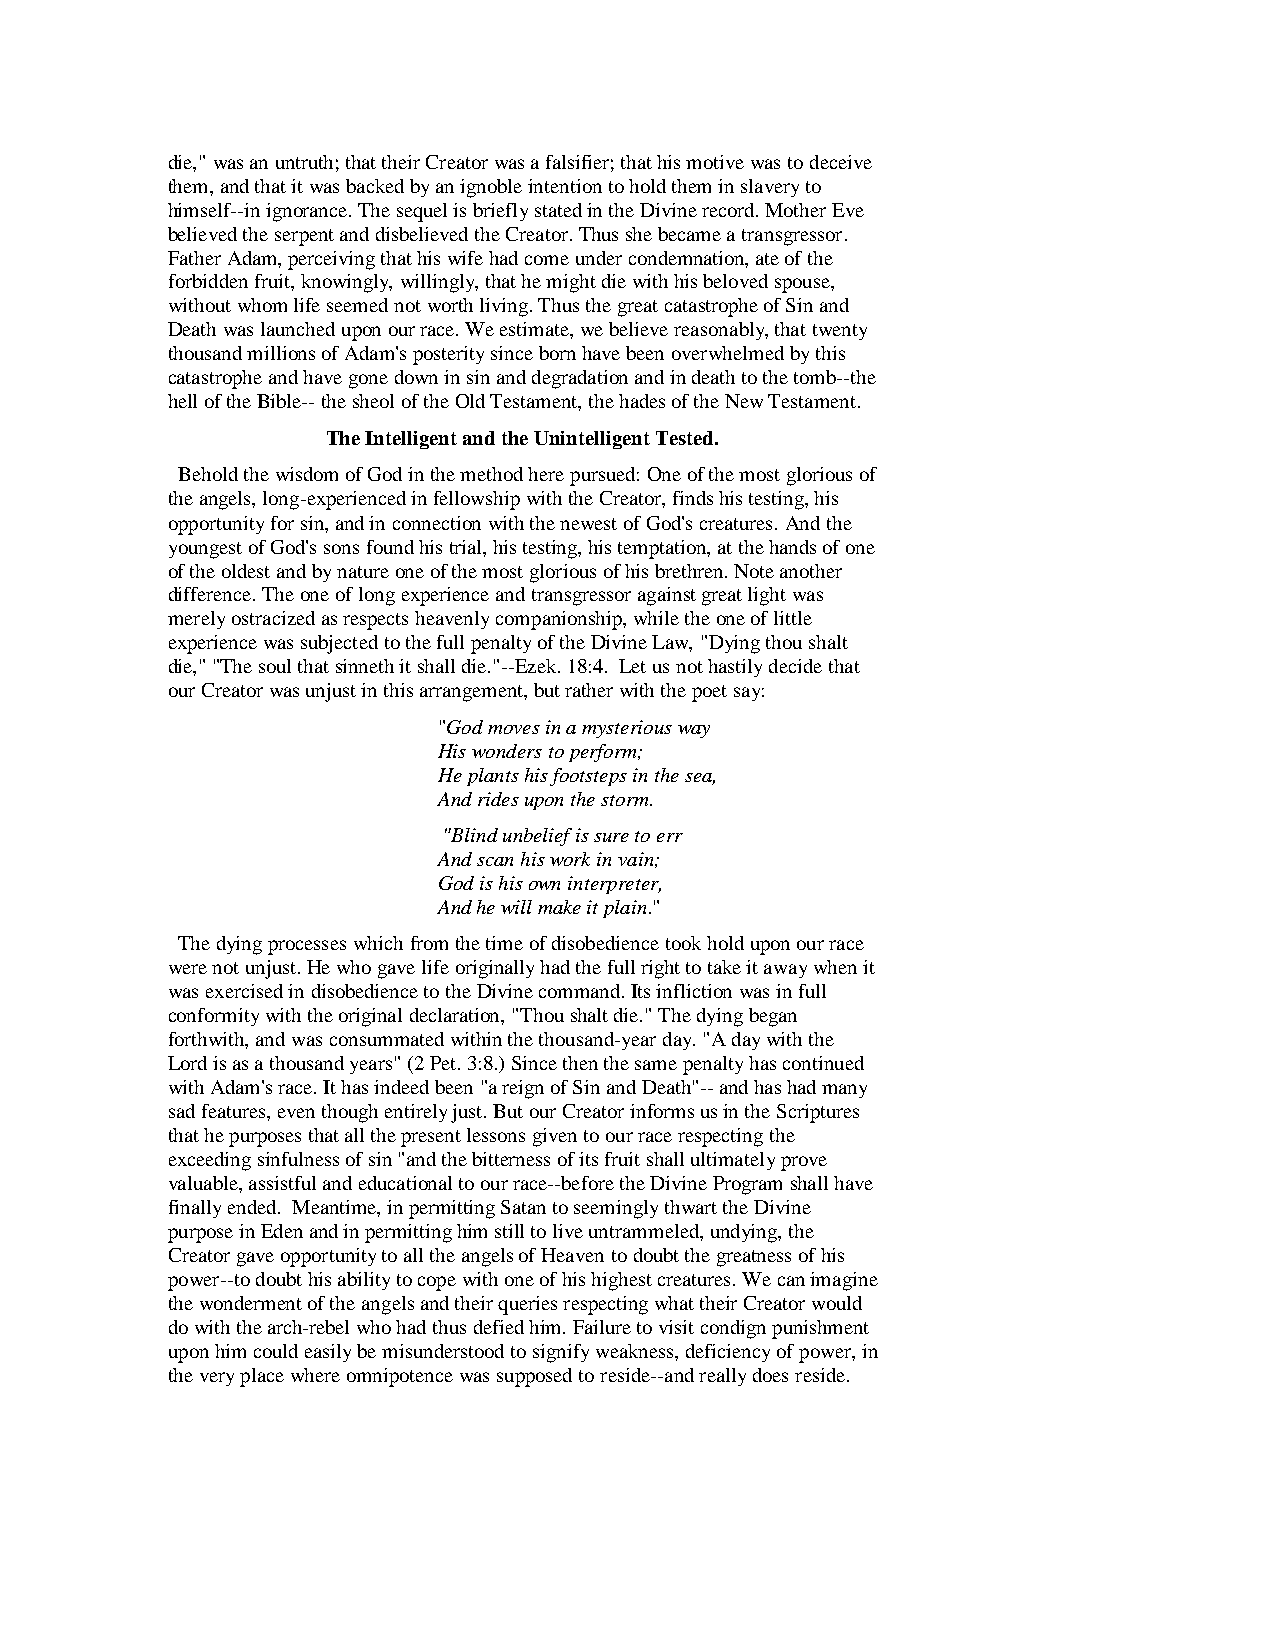
die," was an untruth; that their Creator was a falsifier; that his motive was to deceive
 them, and that it was backed by an ignoble intention to hold them in slavery to
 himself--in ignorance. The sequel is briefly stated in the Divine record. Mother Eve
 believed the serpent and disbelieved the Creator. Thus she became a transgressor.
 Father Adam, perceiving that his wife had come under condemnation, ate of the
 forbidden fruit, knowingly, willingly, that he might die with his beloved spouse,
 without whom life seemed not worth living. Thus the great catastrophe of Sin and
 Death was launched upon our race. We estimate, we believe reasonably, that twenty
 thousand millions of Adam's posterity since born have been overwhelmed by this
 catastrophe and have gone down in sin and degradation and in death to the tomb--the
 hell of the Bible-- the sheol of the Old Testament, the hades of the New Testament.
 The Intelligent and the Unintelligent Tested.
 Behold the wisdom of God in the method here pursued: One of the most glorious of
 the angels, long-experienced in fellowship with the Creator, finds his testing, his
 opportunity for sin, and in connection with the newest of God's creatures. And the
 youngest of God's sons found his trial, his testing, his temptation, at the hands of one
 of the oldest and by nature one of the most glorious of his brethren. Note another
 difference. The one of long experience and transgressor against great light was
 merely ostracized as respects heavenly companionship, while the one of little
 experience was subjected to the full penalty of the Divine Law, "Dying thou shalt
 die," "The soul that sinneth it shall die."--Ezek. 18:4. Let us not hastily decide that
 our Creator was unjust in this arrangement, but rather with the poet say:
 "God moves in a mysterious way
 His wonders to perform;
 He plants his footsteps in the sea,
 And rides upon the storm.
 "Blind unbelief is sure to err
 And scan his work in vain;
 God is his own interpreter,
 And he will make it plain."
 The dying processes which from the time of disobedience took hold upon our race
 were not unjust. He who gave life originally had the full right to take it away when it
 was exercised in disobedience to the Divine command. Its infliction was in full
 conformity with the original declaration, "Thou shalt die." The dying began
 forthwith, and was consummated within the thousand-year day. "A day with the
 Lord is as a thousand years" (2 Pet. 3:8.) Since then the same penalty has continued
 with Adam's race. It has indeed been "a reign of Sin and Death"-- and has had many
 sad features, even though entirely just. But our Creator informs us in the Scriptures
 that he purposes that all the present lessons given to our race respecting the
 exceeding sinfulness of sin "and the bitterness of its fruit shall ultimately prove
 valuable, assistful and educational to our race--before the Divine Program shall have
 finally ended. Meantime, in permitting Satan to seemingly thwart the Divine
 purpose in Eden and in permitting him still to live untrammeled, undying, the
 Creator gave opportunity to all the angels of Heaven to doubt the greatness of his
 power--to doubt his ability to cope with one of his highest creatures. We can imagine
 the wonderment of the angels and their queries respecting what their Creator would
 do with the arch-rebel who had thus defied him. Failure to visit condign punishment
 upon him could easily be misunderstood to signify weakness, deficiency of power, in
 the very place where omnipotence was supposed to reside--and really does reside.